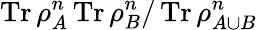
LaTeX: \operatorname{Tr}\rho_{A}^{n}\operatorname{Tr}\rho_{B}^{n}/\operatorname{Tr}\rho_{A\cup B}^{n}